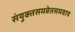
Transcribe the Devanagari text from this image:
संयुक्तसमवेतसमवाय